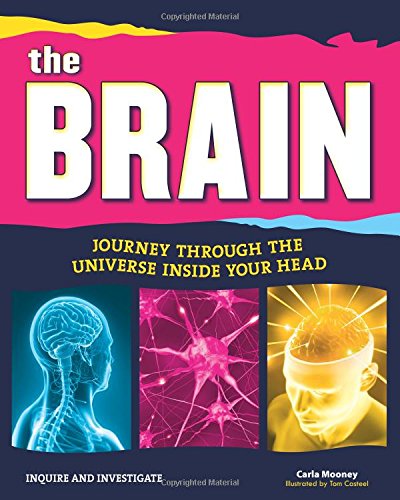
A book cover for The Brain: Journey Through the Universe Inside Your Head (Inquire and Investigate); Carla Mooney; Children's Books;